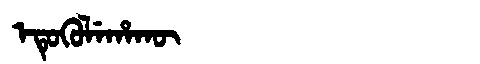
Manchu: ᡝᡨᡠᡴᡠᠯᡝᡥᠠᡴᡡ
Romanization: ETUKULEHAKŪ